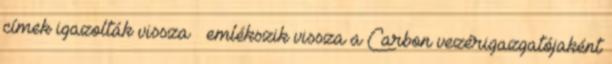
címek igazolták vissza – emlékszik vissza a Carbon vezérigazgatójaként